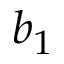
b _ { 1 }